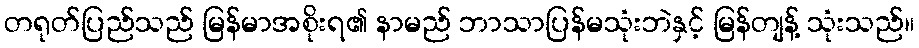
တရုတ်ပြည်သည် မြန်မာအစိုးရ၏ နာမည် ဘာသာပြန်မသုံးဘဲနှင့် မြန်တျန့် သုံးသည်။